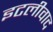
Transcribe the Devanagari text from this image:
इटलीवाद